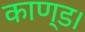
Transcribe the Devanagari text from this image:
काण्ड।